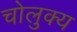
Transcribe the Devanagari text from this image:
चोलुक्य